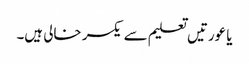
یا عورتیں تعلیم سے یکسر خالی ہیں۔